Report of an investigation into the causes of the diseases known in Assam as Kála-Azár and Beri-Beri
Disease focus: Beri-Beri
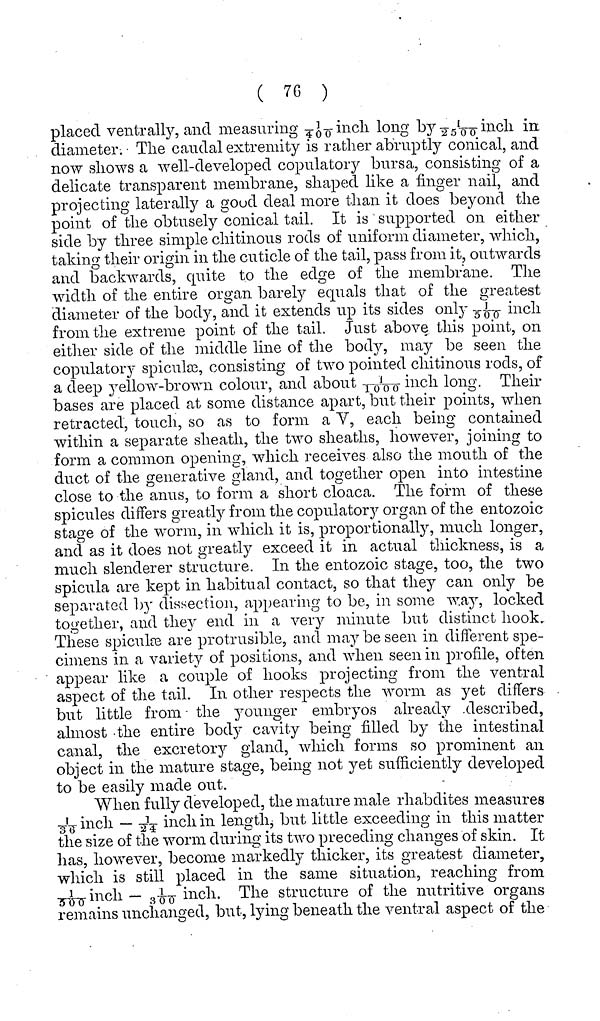
( 76 )
placed ventrally, and measuring 1/400 inch long by 1/2500 inch in
diameter. The caudal extremity is rather abruptly conical, and
now shows a well-developed copulatory bursa, consisting of a
delicate transparent membrane, shaped like a finger nail, and
projecting laterally a good deal more than it does beyond the
point of the obtusely conical tail. It is supported on either
side by three simple chitinous rods of uniform diameter, which,
taking their origin in the cuticle of the tail, pass from it, outwards
and backwards, quite to the edge of the membrane. The
width of the entire organ barely equals that of the greatest
diameter of the body, and it extends up its sides only 1/500 inch
from the extreme point of the tail. Just above this point, on
either side of the middle line of the body, may be seen the
copulatory spiculæ, consisting of two pointed chitinous rods, of
a deep yellow-brown colour, and about 1/1000 long· Their
bases are placed at some distance apart, but their points, when
retracted, touch, so as to form a V, each being contained
within a separate sheath, the two sheaths, however, joining to
form a common opening, which receives also the mouth of the
duct of the generative gland, and together open into intestine
close to the anus, to form a short cloaca. The form of these
spicules differs greatly from the copulatory organ of the entozoic
stage of the worm, in which it is, proportionally, much longer,
and as it does not greatly exceed it in actual thickness, is a
much slenderer structure. In the entozoic stage, too, the two
spicula are kept in habitual contact, so that they can only be
separated by dissection, appearing to be, in some way, locked
together, and they end in a very minute but distinct hook.
These spicu1æ are protrusible, and may be seen in different spe-
cimens in a variety of positions, and when seen in profile, often
appear like a couple of hooks projecting from the ventral
aspect of the tail. In other respects the worm as yet differs
but little from the younger embryos already described,
almost the entire body cavity being filled by the intestinal
canal, the excretory gland, which forms so prominent an
object in the mature stage, being not yet sufficiently developed
to be easily made out.
When fully developed, the mature male rhabdites measures
1/36 inch 1/24 inch in length, but little exceeding in this matter
the size of the worm during its two preceding changes of skin. It
has, however, become markedly thicker, its greatest diameter,
which is still placed in the same situation, reaching from
1/500 inch — 1/300 inch. The structure of the nutritive organs
remains unchanged, but, lying beneath the ventral aspect of the